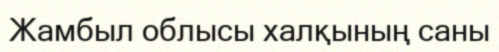
Жамбыл облысы халқының саны